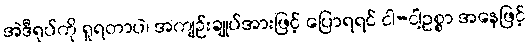
အဲဒီရုပ်ကို ရှုရတာပဲ၊ အကျဉ်းချုပ်အားဖြင့် ပြောရရင် ငါ-ငါ့ဥစ္စာ အနေဖြင့်